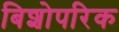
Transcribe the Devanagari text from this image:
बिशोपरिक